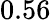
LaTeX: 0.56